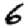
Digit: 6